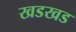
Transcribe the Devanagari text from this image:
खडखड